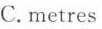
C.metres